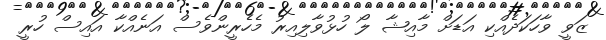
ޒަވީ ވާހަކަދެއްކި އަޑަށް މާއިޝާ ލޯ ހުޅުވާލިއިރު މެހެރީންވެސް އަނެއްކާ އައިސް ހުރީ